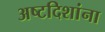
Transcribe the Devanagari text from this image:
अष्टदिशांना